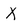
Character: X